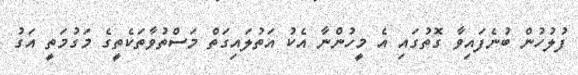
ފުލުހުން ބުނެފައިވާ ގޮތުގައި އެ މީހުންނާ އެކު އަތުލައިގަތް މަސްތުވާތަކެތީގެ މަގުމަތީ އަގު